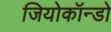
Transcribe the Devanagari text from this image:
जियोकॉन्डो